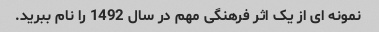
نمونه ای از یک اثر فرهنگی مهم در سال 1492 را نام ببرید.